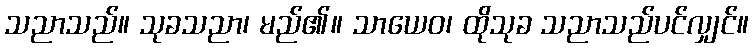
သညာသည်။ သုခသညာ၊ မည်၏။ သာယေဝ၊ ထိုသုခ သညာသည်ပင်လျှင်။